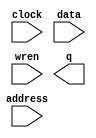
// megafunction wizard: %RAM: 1-PORT%VBB%
// GENERATION: STANDARD
// VERSION: WM1.0
// MODULE: altsyncram 

// ============================================================
// Megafunction Name(s):
// 			altsyncram
//
// Simulation Library Files(s):
// 			altera_mf
// ============================================================
// ************************************************************
// THIS IS A WIZARD-GENERATED FILE. DO NOT EDIT THIS FILE!
//
// 16.1.0 Build 196 10/24/2016 SJ Lite Edition
// ************************************************************

//Copyright (C) 2016  Intel Corporation. All rights reserved.
//Your use of Intel Corporation's design tools, logic functions 
//and other software and tools, and its AMPP partner logic 
//functions, and any output files from any of the foregoing 
//(including device programming or simulation files), and any 
//associated documentation or information are expressly subject 
//to the terms and conditions of the Intel Program License 
//Subscription Agreement, the Intel Quartus Prime License Agreement,
//the Intel MegaCore Function License Agreement, or other 
//applicable license agreement, including, without limitation, 
//that your use is for the sole purpose of programming logic 
//devices manufactured by Intel and sold by Intel or its 
//authorized distributors.  Please refer to the applicable 
//agreement for further details.

module Memory2 (
	address,
	clock,
	data,
	wren,
	q);

	input	[9:0]  address;
	input	  clock;
	input	[23:0]  data;
	input	  wren;
	output	[23:0]  q;
`ifndef ALTERA_RESERVED_QIS
// synopsys translate_off
`endif
	tri1	  clock;
`ifndef ALTERA_RESERVED_QIS
// synopsys translate_on
`endif

endmodule

// ============================================================
// CNX file retrieval info
// ============================================================
// Retrieval info: PRIVATE: ADDRESSSTALL_A NUMERIC "0"
// Retrieval info: PRIVATE: AclrAddr NUMERIC "0"
// Retrieval info: PRIVATE: AclrByte NUMERIC "0"
// Retrieval info: PRIVATE: AclrData NUMERIC "0"
// Retrieval info: PRIVATE: AclrOutput NUMERIC "0"
// Retrieval info: PRIVATE: BYTE_ENABLE NUMERIC "0"
// Retrieval info: PRIVATE: BYTE_SIZE NUMERIC "8"
// Retrieval info: PRIVATE: BlankMemory NUMERIC "0"
// Retrieval info: PRIVATE: CLOCK_ENABLE_INPUT_A NUMERIC "0"
// Retrieval info: PRIVATE: CLOCK_ENABLE_OUTPUT_A NUMERIC "0"
// Retrieval info: PRIVATE: Clken NUMERIC "0"
// Retrieval info: PRIVATE: DataBusSeparated NUMERIC "1"
// Retrieval info: PRIVATE: IMPLEMENT_IN_LES NUMERIC "0"
// Retrieval info: PRIVATE: INIT_FILE_LAYOUT STRING "PORT_A"
// Retrieval info: PRIVATE: INIT_TO_SIM_X NUMERIC "0"
// Retrieval info: PRIVATE: INTENDED_DEVICE_FAMILY STRING "Cyclone IV E"
// Retrieval info: PRIVATE: JTAG_ENABLED NUMERIC "0"
// Retrieval info: PRIVATE: JTAG_ID STRING "NONE"
// Retrieval info: PRIVATE: MAXIMUM_DEPTH NUMERIC "0"
// Retrieval info: PRIVATE: MIFfilename STRING "Memory2.mif"
// Retrieval info: PRIVATE: NUMWORDS_A NUMERIC "1024"
// Retrieval info: PRIVATE: RAM_BLOCK_TYPE NUMERIC "0"
// Retrieval info: PRIVATE: READ_DURING_WRITE_MODE_PORT_A NUMERIC "3"
// Retrieval info: PRIVATE: RegAddr NUMERIC "1"
// Retrieval info: PRIVATE: RegData NUMERIC "1"
// Retrieval info: PRIVATE: RegOutput NUMERIC "0"
// Retrieval info: PRIVATE: SYNTH_WRAPPER_GEN_POSTFIX STRING "0"
// Retrieval info: PRIVATE: SingleClock NUMERIC "1"
// Retrieval info: PRIVATE: UseDQRAM NUMERIC "1"
// Retrieval info: PRIVATE: WRCONTROL_ACLR_A NUMERIC "0"
// Retrieval info: PRIVATE: WidthAddr NUMERIC "10"
// Retrieval info: PRIVATE: WidthData NUMERIC "24"
// Retrieval info: PRIVATE: rden NUMERIC "0"
// Retrieval info: LIBRARY: altera_mf altera_mf.altera_mf_components.all
// Retrieval info: CONSTANT: CLOCK_ENABLE_INPUT_A STRING "BYPASS"
// Retrieval info: CONSTANT: CLOCK_ENABLE_OUTPUT_A STRING "BYPASS"
// Retrieval info: CONSTANT: INIT_FILE STRING "Memory2.mif"
// Retrieval info: CONSTANT: INTENDED_DEVICE_FAMILY STRING "Cyclone IV E"
// Retrieval info: CONSTANT: LPM_HINT STRING "ENABLE_RUNTIME_MOD=NO"
// Retrieval info: CONSTANT: LPM_TYPE STRING "altsyncram"
// Retrieval info: CONSTANT: NUMWORDS_A NUMERIC "1024"
// Retrieval info: CONSTANT: OPERATION_MODE STRING "SINGLE_PORT"
// Retrieval info: CONSTANT: OUTDATA_ACLR_A STRING "NONE"
// Retrieval info: CONSTANT: OUTDATA_REG_A STRING "UNREGISTERED"
// Retrieval info: CONSTANT: POWER_UP_UNINITIALIZED STRING "FALSE"
// Retrieval info: CONSTANT: READ_DURING_WRITE_MODE_PORT_A STRING "NEW_DATA_NO_NBE_READ"
// Retrieval info: CONSTANT: WIDTHAD_A NUMERIC "10"
// Retrieval info: CONSTANT: WIDTH_A NUMERIC "24"
// Retrieval info: CONSTANT: WIDTH_BYTEENA_A NUMERIC "1"
// Retrieval info: USED_PORT: address 0 0 10 0 INPUT NODEFVAL "address[9..0]"
// Retrieval info: USED_PORT: clock 0 0 0 0 INPUT VCC "clock"
// Retrieval info: USED_PORT: data 0 0 24 0 INPUT NODEFVAL "data[23..0]"
// Retrieval info: USED_PORT: q 0 0 24 0 OUTPUT NODEFVAL "q[23..0]"
// Retrieval info: USED_PORT: wren 0 0 0 0 INPUT NODEFVAL "wren"
// Retrieval info: CONNECT: @address_a 0 0 10 0 address 0 0 10 0
// Retrieval info: CONNECT: @clock0 0 0 0 0 clock 0 0 0 0
// Retrieval info: CONNECT: @data_a 0 0 24 0 data 0 0 24 0
// Retrieval info: CONNECT: @wren_a 0 0 0 0 wren 0 0 0 0
// Retrieval info: CONNECT: q 0 0 24 0 @q_a 0 0 24 0
// Retrieval info: GEN_FILE: TYPE_NORMAL Memory2.v TRUE
// Retrieval info: GEN_FILE: TYPE_NORMAL Memory2.inc FALSE
// Retrieval info: GEN_FILE: TYPE_NORMAL Memory2.cmp FALSE
// Retrieval info: GEN_FILE: TYPE_NORMAL Memory2.bsf TRUE
// Retrieval info: GEN_FILE: TYPE_NORMAL Memory2_inst.v FALSE
// Retrieval info: GEN_FILE: TYPE_NORMAL Memory2_bb.v TRUE
// Retrieval info: LIB_FILE: altera_mf